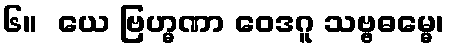
၆။  ယေ ဗြဟ္မဏာ ဝေဒဂူ သဗ္ဗဓမ္မေ၊